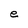
Character: e